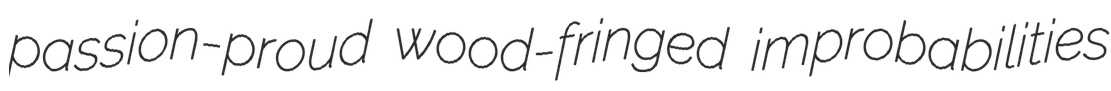
passion-proud wood-fringed improbabilities